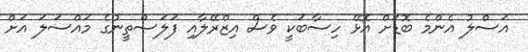
އަސްލު އެންމެ ބޮޑަށް އޮޅޭ ހިސާބަކީ ވެސް އިޒްރޭލާއި ފަލަސްތީނުގެ މައްސަލަ އަށް